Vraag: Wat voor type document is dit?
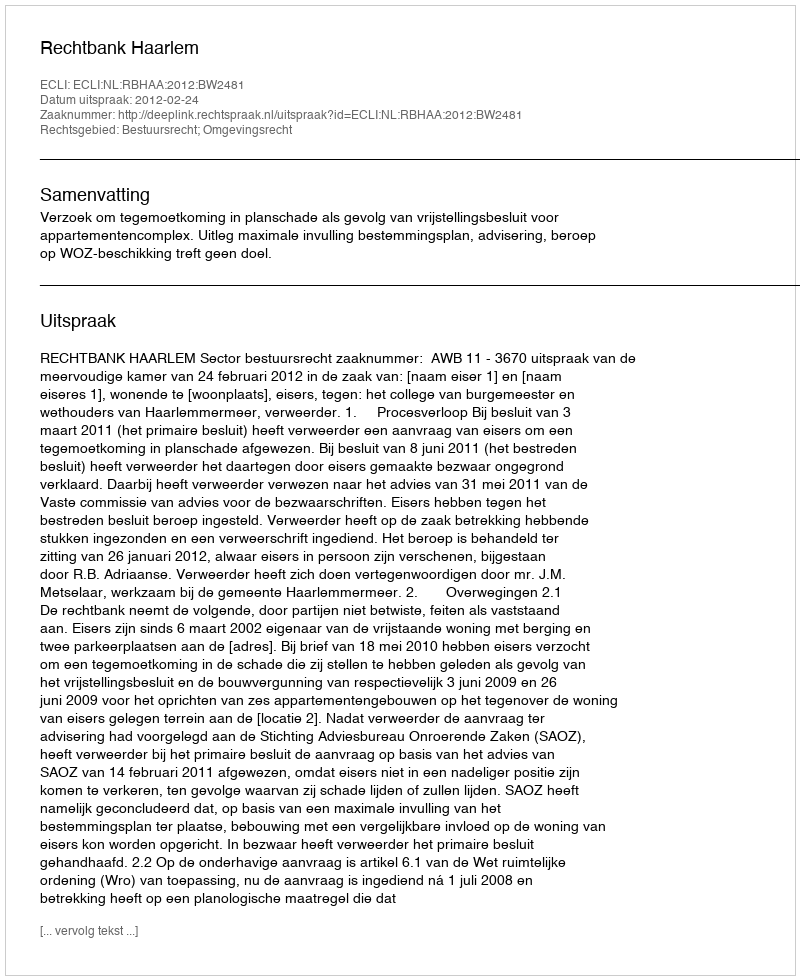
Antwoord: Uitspraak